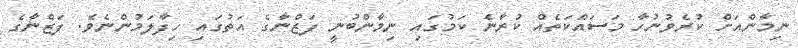
ނިމާންއަށް ކުރެވުނުހާ މަސައްކަތެއް ކުރާނެ ކަމުގައި ނިމާންބުނީ ފަޒްނާގެ އަތުގައި ހިފާލަމުންނެވެ. ފަޒްނާގެ